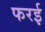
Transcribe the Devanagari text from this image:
फरई